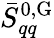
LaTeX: \bar{S}_{qq}^{\mathrm{0,G}}